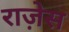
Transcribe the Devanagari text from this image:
राज़ेस